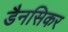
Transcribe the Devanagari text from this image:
डैनसिकर